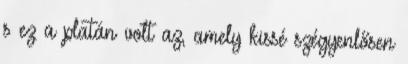
s ez a platán volt az, amely kissé szégyenlősen